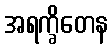
အရက္ခိတေန